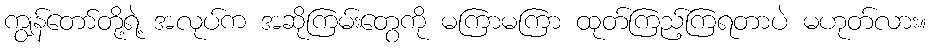
ကျွန်တော်တို့ရဲ့ အလုပ်က အဆိုကြမ်းတွေကို မကြာမကြာ ထုတ်ကြည့်ကြရတာပဲ မဟုတ်လား။